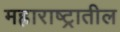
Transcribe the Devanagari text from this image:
मह्राराष्ट्रातील